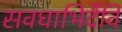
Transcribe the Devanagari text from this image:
सवधाभिर्देवि